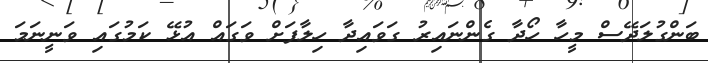
ބަންގުލަދޭސް މީހާ ހޯދާ ގެންނައިރު ގަވައިދާ ހިލާފަށް ވަގައް އުޅޭ ކަމުގައި ވަނީނަމަ